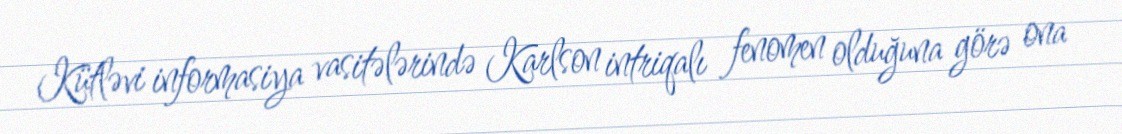
Kütləvi informasiya vasitələrində Karlson intriqalı fenomen olduğuna görə ona